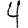
Digit: 4